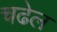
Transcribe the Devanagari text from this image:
चढेल